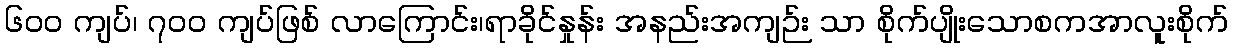
၆၀၀ ကျပ်၊ ၇၀၀ ကျပ်ဖြစ် လာကြောင်း၊ရာခိုင်နှုန်း အနည်းအကျဉ်း သာ စိုက်ပျိုးသောစကအာလူးစိုက်